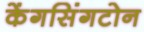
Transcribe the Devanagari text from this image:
केंगसिंगटोन